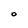
Character: O